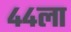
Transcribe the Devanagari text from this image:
४४ला